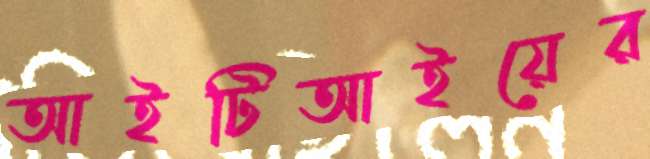
আইটিআইয়ের